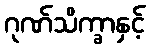
ဂုဏ်သိက္ခာနှင့်